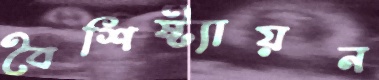
বৈশিষ্ট্যায়ন